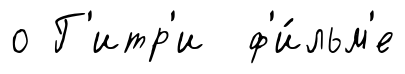
о Г'итр'и ф'и́льм'е